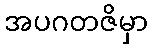
အပဂတဇိမှာ